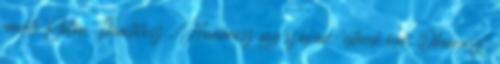
eredete Platón Theaitétosz „Homérosz így szólván: ‘istenek ősét, Ókeánoszt,